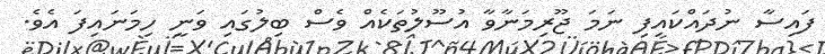
ފައިސާ ނުދައްކައިފި ނަމަ ޖޫރިމަނާވާ އުސޫލުތަކެއް ވެސް ބިލުގައި ވަނީ ހިމަނައިފަ އެވެ.